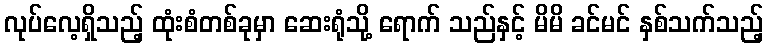
လုပ်လေ့ရှိသည့် ထုံးစံတစ်ခုမှာ ဆေးရုံသို့ ရောက် သည်နှင့် မိမိ ခင်မင် နှစ်သက်သည့်